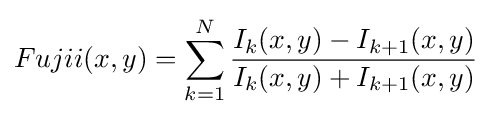
Fujii(x,y)=\sum _{k=1}^{N}{\frac {I_{k}(x,y)-I_{k+1}(x,y)}{I_{k}(x,y)+I_{k+1}(x,y)}}\,\!